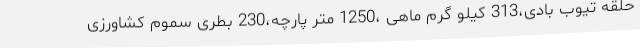
حلقه تیوب بادی،313 کیلو گرم ماهی ،1250 متر پارچه،230 بطری سموم کشاورزی